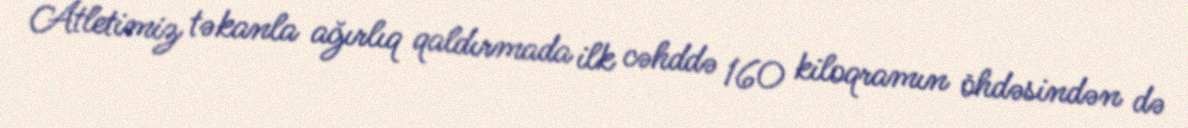
Atletimiz təkanla ağırlıq qaldırmada ilk cəhddə 160 kiloqramın öhdəsindən də